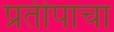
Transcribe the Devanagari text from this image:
प्रतीपाचा